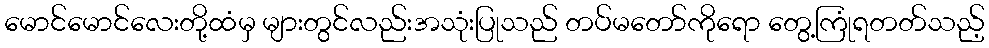
မောင်မောင်လေးတို့ထံမှ များတွင်လည်းအသုံးပြုသည် တပ်မတော်ကိုရော တွေ့ကြုံရတတ်သည့်